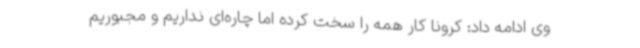
وی ادامه داد: کرونا کار همه را سخت کرده اما چاره‌ای نداریم و مجبوریم